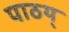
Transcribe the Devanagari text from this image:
पाठय्‌